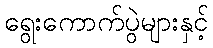
ရွေးကောက်ပွဲများနှင့်